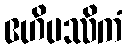
ဧဟိပဿိကံ